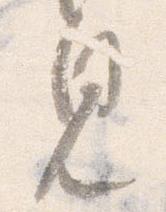
見